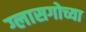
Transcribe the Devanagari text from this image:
ग्लासगोच्या